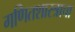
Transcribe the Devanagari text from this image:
गणितशास्त्राचा